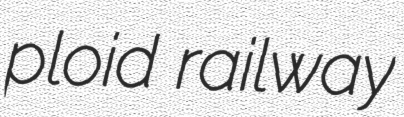
ploid railway